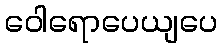
ဝေါရောပေယျပေ